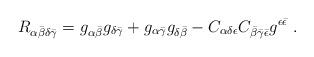
LaTeX: \begin{align*}R_{\alpha {\bar\beta} \delta \bar \gamma }=g_{\alpha {\bar\beta}}g_{\delta \bar \gamma }+g_{\alpha \bar \gamma }g_{\delta{\bar\beta}}-C_{\alpha \delta \epsilon}C_{{\bar\beta} \bar \gamma\bar\epsilon} g^{\epsilon\bar \epsilon} \ .\end{align*}